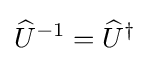
{\widehat {U}}^{-1}={\widehat {U}}^{\dagger }